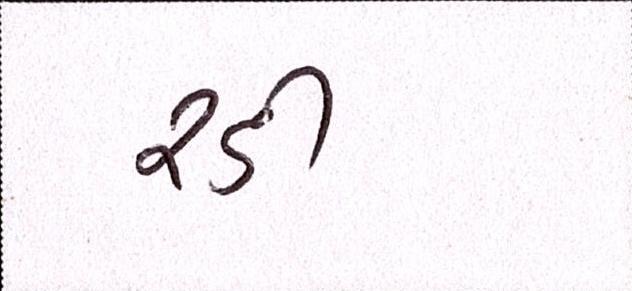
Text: રડી